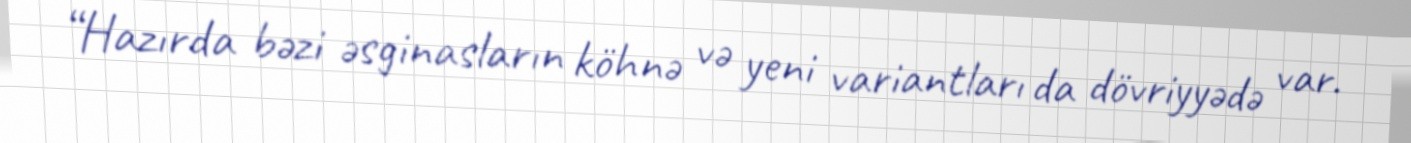
“Hazırda bəzi əsginasların köhnə və yeni variantları da dövriyyədə var.